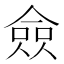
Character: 僉